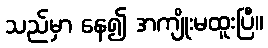
သည်မှာ နေ၍ အကျိုးမထူးပြီ။